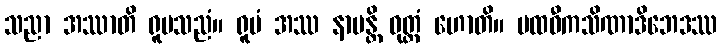
သညာ အဿာတိ ရူပသညံ။ ရူပံ အဿ နာမန္တိ ဝုတ္တံ ဟောတိ။ ပထဝီကသိဏာဒိဘေဒဿ